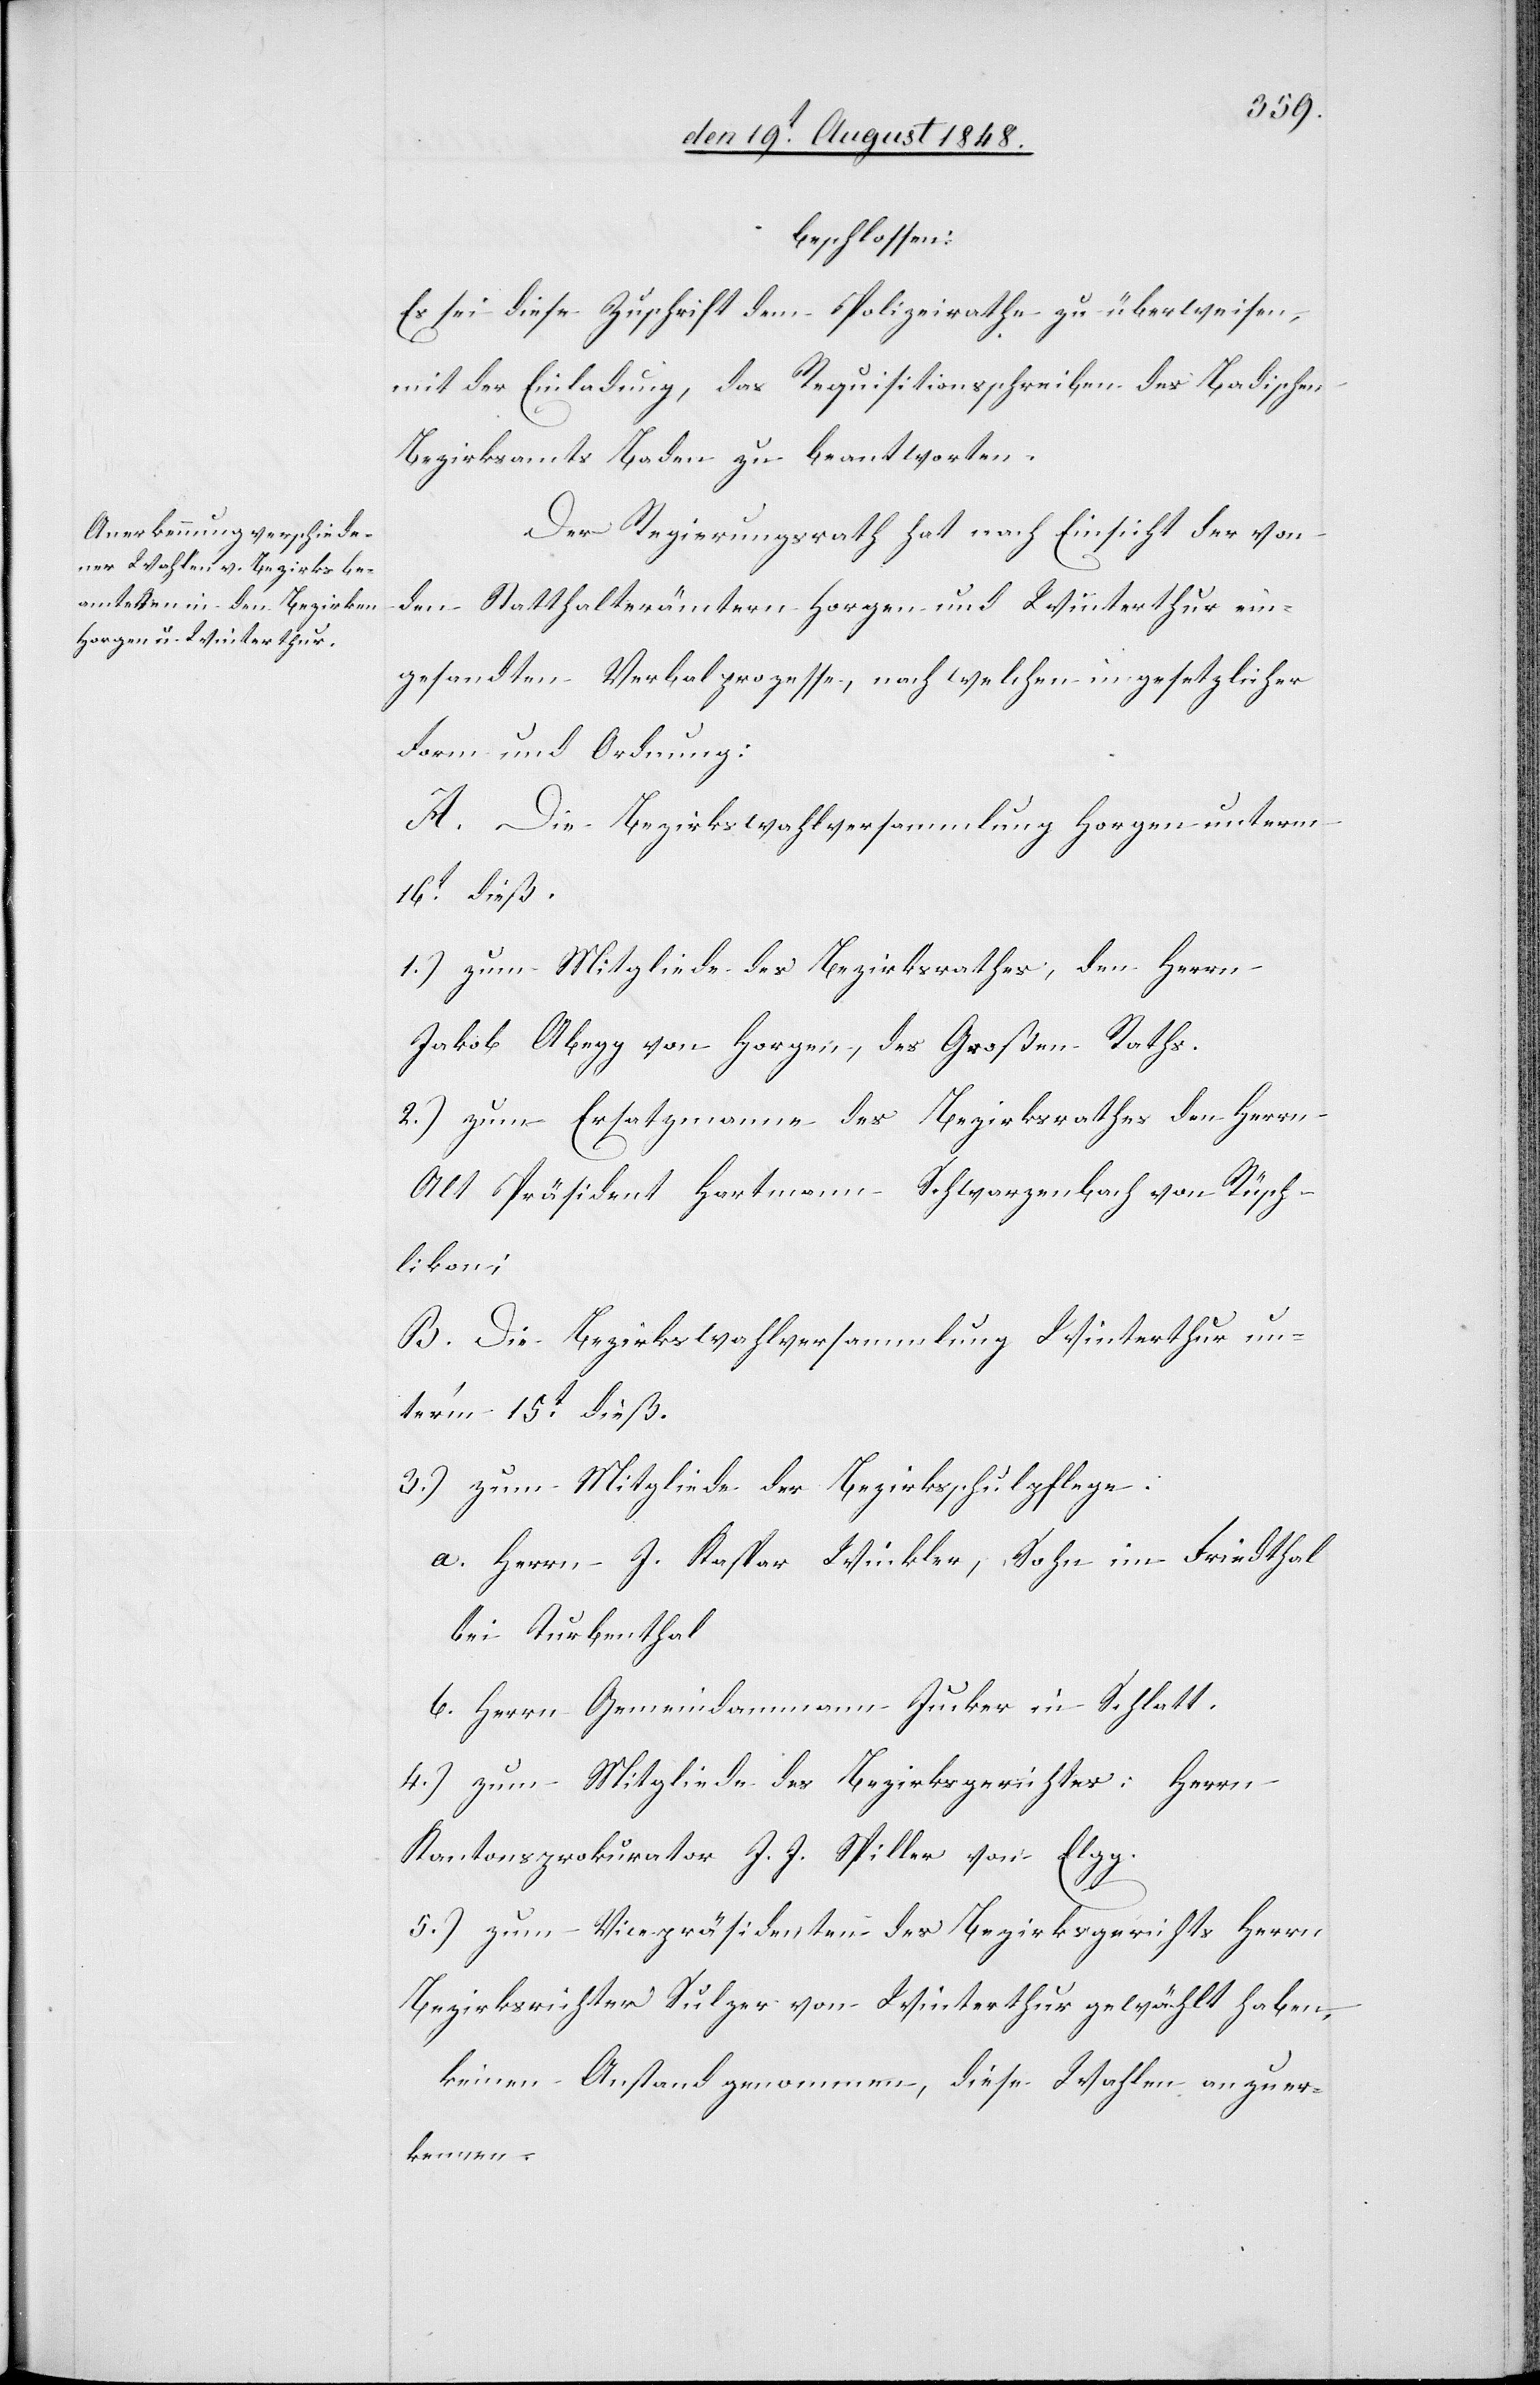
beschlossen:
Es sei diese Zuschrift dem Polizeirathe zu überweisen,
mit der Einladung, das Requisitionsschreiben des Badischen
Bezirksamts Baden zu beantworten.
Der Regierungsrath hat nach Einsicht der von
den Statthalterämtern Horgen und Winterthur ein¬
gesandten Verbalprozesse, nach welchen in gesetzlicher
Form und Ordnung:
A. Die Bezirkswahlversammlung Horgen unterm
16t dieß
1.) zum Mitgliede des Bezirksrathes, den Herrn
Jakob Abegg von Horgen, des Großen Raths.
2.) zum Ersatzmanne des Bezirksrathes den Herrn
Alt Präsident Hartmann-Schwarzenbach von Rüsch¬
likon;
B. Die Bezirkswahlversammlung Winterthur un¬
ter’m 15t dieß
3.) zum Mitgliede der Bezirksschulpflege:
a. Herrn J. Kaspar Winkler, Sohn im Friedthal
bei Turbenthal
b. Herrn Gemeindammann Junker in Schlatt.
4.) zum Mitgliede des Bezirksgerichtes: Herrn
Kantonsprokurator J. J. Spiller von Elgg.
5.) zum Vicepräsidenten des Bezirksgerichts Herrn
Bezirksrichter Sulzer von Winterthur gewählt haben,
keinen Anstand genommen, diese Wahlen anzuer¬
kennen.